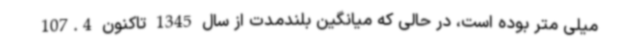
میلی متر بوده است، در حالی که میانگین بلندمدت از سال 1345 تاکنون 107.4